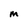
Character: m